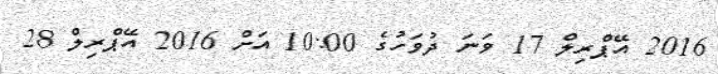
2016 އޭޕްރިލް 17 ވަނަ ދުވަހުގެ 10:00 އަށް 2016 އޭޕްރިލް 28